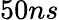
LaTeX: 50ns